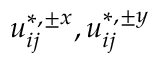
u _ { i j } ^ { \ast , \pm x } , u _ { i j } ^ { \ast , \pm y }